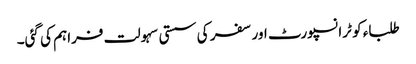
طلباء کو ٹرانسپورٹ اور سفر کی سستی سہولت فراہم کی گئی۔